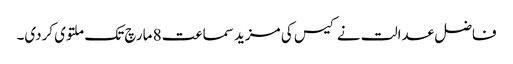
فاضل عدالت نے کیس کی مزید سماعت 8 مارچ تک ملتوی کردی۔